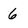
Character: 6